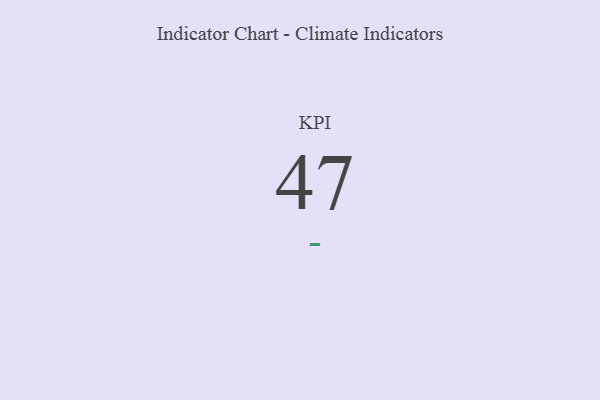
{"axis": {"x": "KPI", "y": "Value"}, "legend": [""], "data": [{"x": "KPI", "y": 47, "type": ""}]}